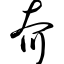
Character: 夼